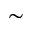
\sim